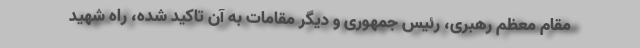
مقام معظم رهبری، رئیس جمهوری و دیگر مقامات به آن تاکید شده، راه شهید